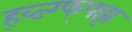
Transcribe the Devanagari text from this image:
ह्व्ज्ग्फ्फ्झ